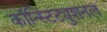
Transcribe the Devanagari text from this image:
कॉन्स्टिट्युशनल